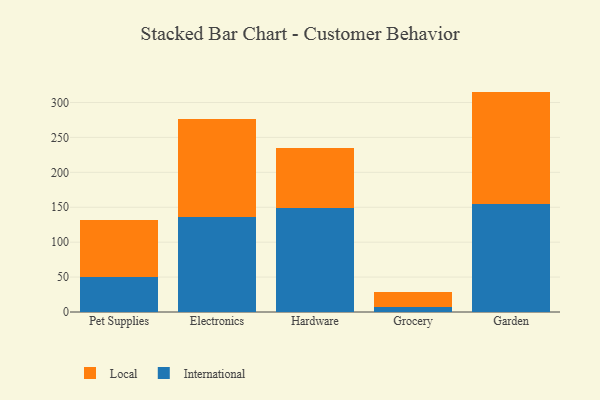
{"axis": {"x": "Category", "y": "Bounce Rate (%)"}, "legend": ["International", "Local"], "data": [{"x": "Pet Supplies", "y": 49.9, "type": "International"}, {"x": "Pet Supplies", "y": 82.1, "type": "Local"}, {"x": "Electronics", "y": 135.7, "type": "International"}, {"x": "Electronics", "y": 140.2, "type": "Local"}, {"x": "Hardware", "y": 148.5, "type": "International"}, {"x": "Hardware", "y": 87.0, "type": "Local"}, {"x": "Grocery", "y": 7.5, "type": "International"}, {"x": "Grocery", "y": 20.9, "type": "Local"}, {"x": "Garden", "y": 154.0, "type": "International"}, {"x": "Garden", "y": 161.6, "type": "Local"}]}